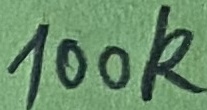
Text: 100k